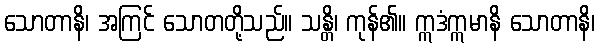
သောတာနိ၊ အကြင် သောတတို့သည်။ သန္တိ၊ ကုန်၏။ ဣဒံဣမာနိ သောတာနိ၊